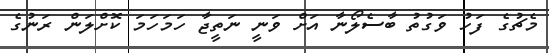
މެޗުގެ ފަހު ވަގުތު ބާސެލޯނާ އަށް ވަނީ ނަތީޖާ ހަމަހަމަ ކޮށްލަން ރަނުގެ